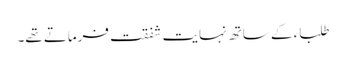
طلباء کے ساتھ نہایت شفقت فرماتے تھے۔